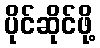
ပိုင်ဆိုင်ဖို့